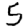
Digit: 5